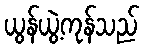
ယွန်ယွဲ့ကုန်သည်